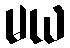
မယ